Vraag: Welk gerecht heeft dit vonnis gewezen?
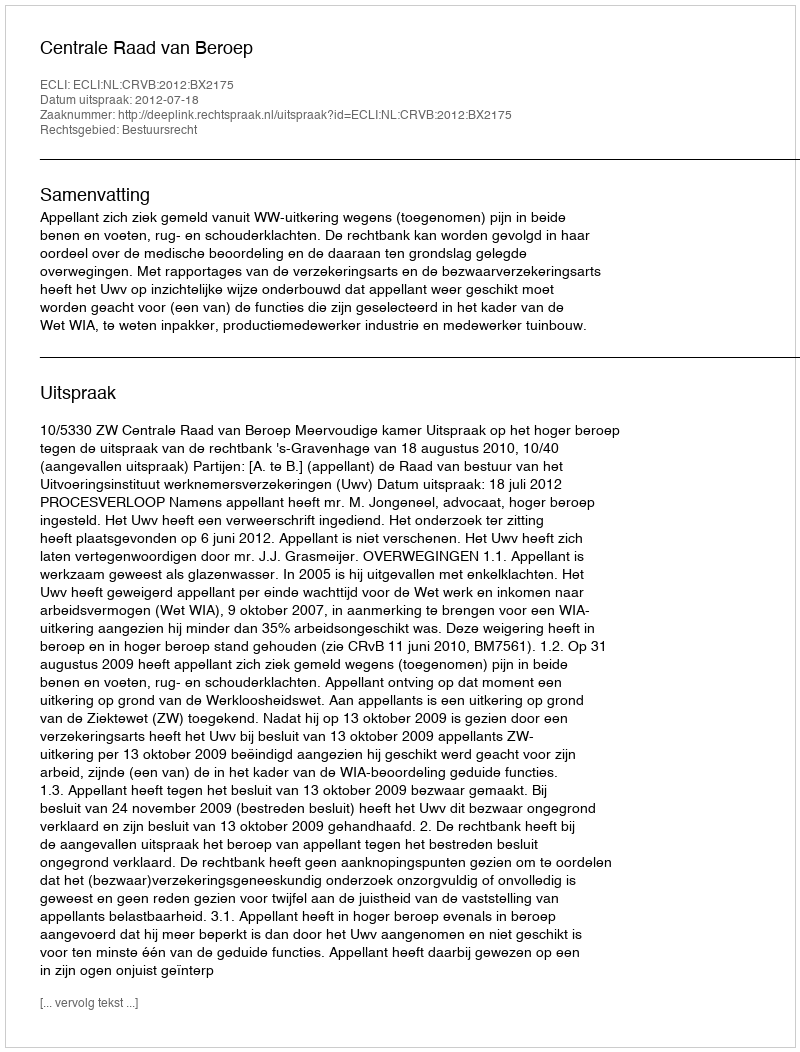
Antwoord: Centrale Raad van Beroep